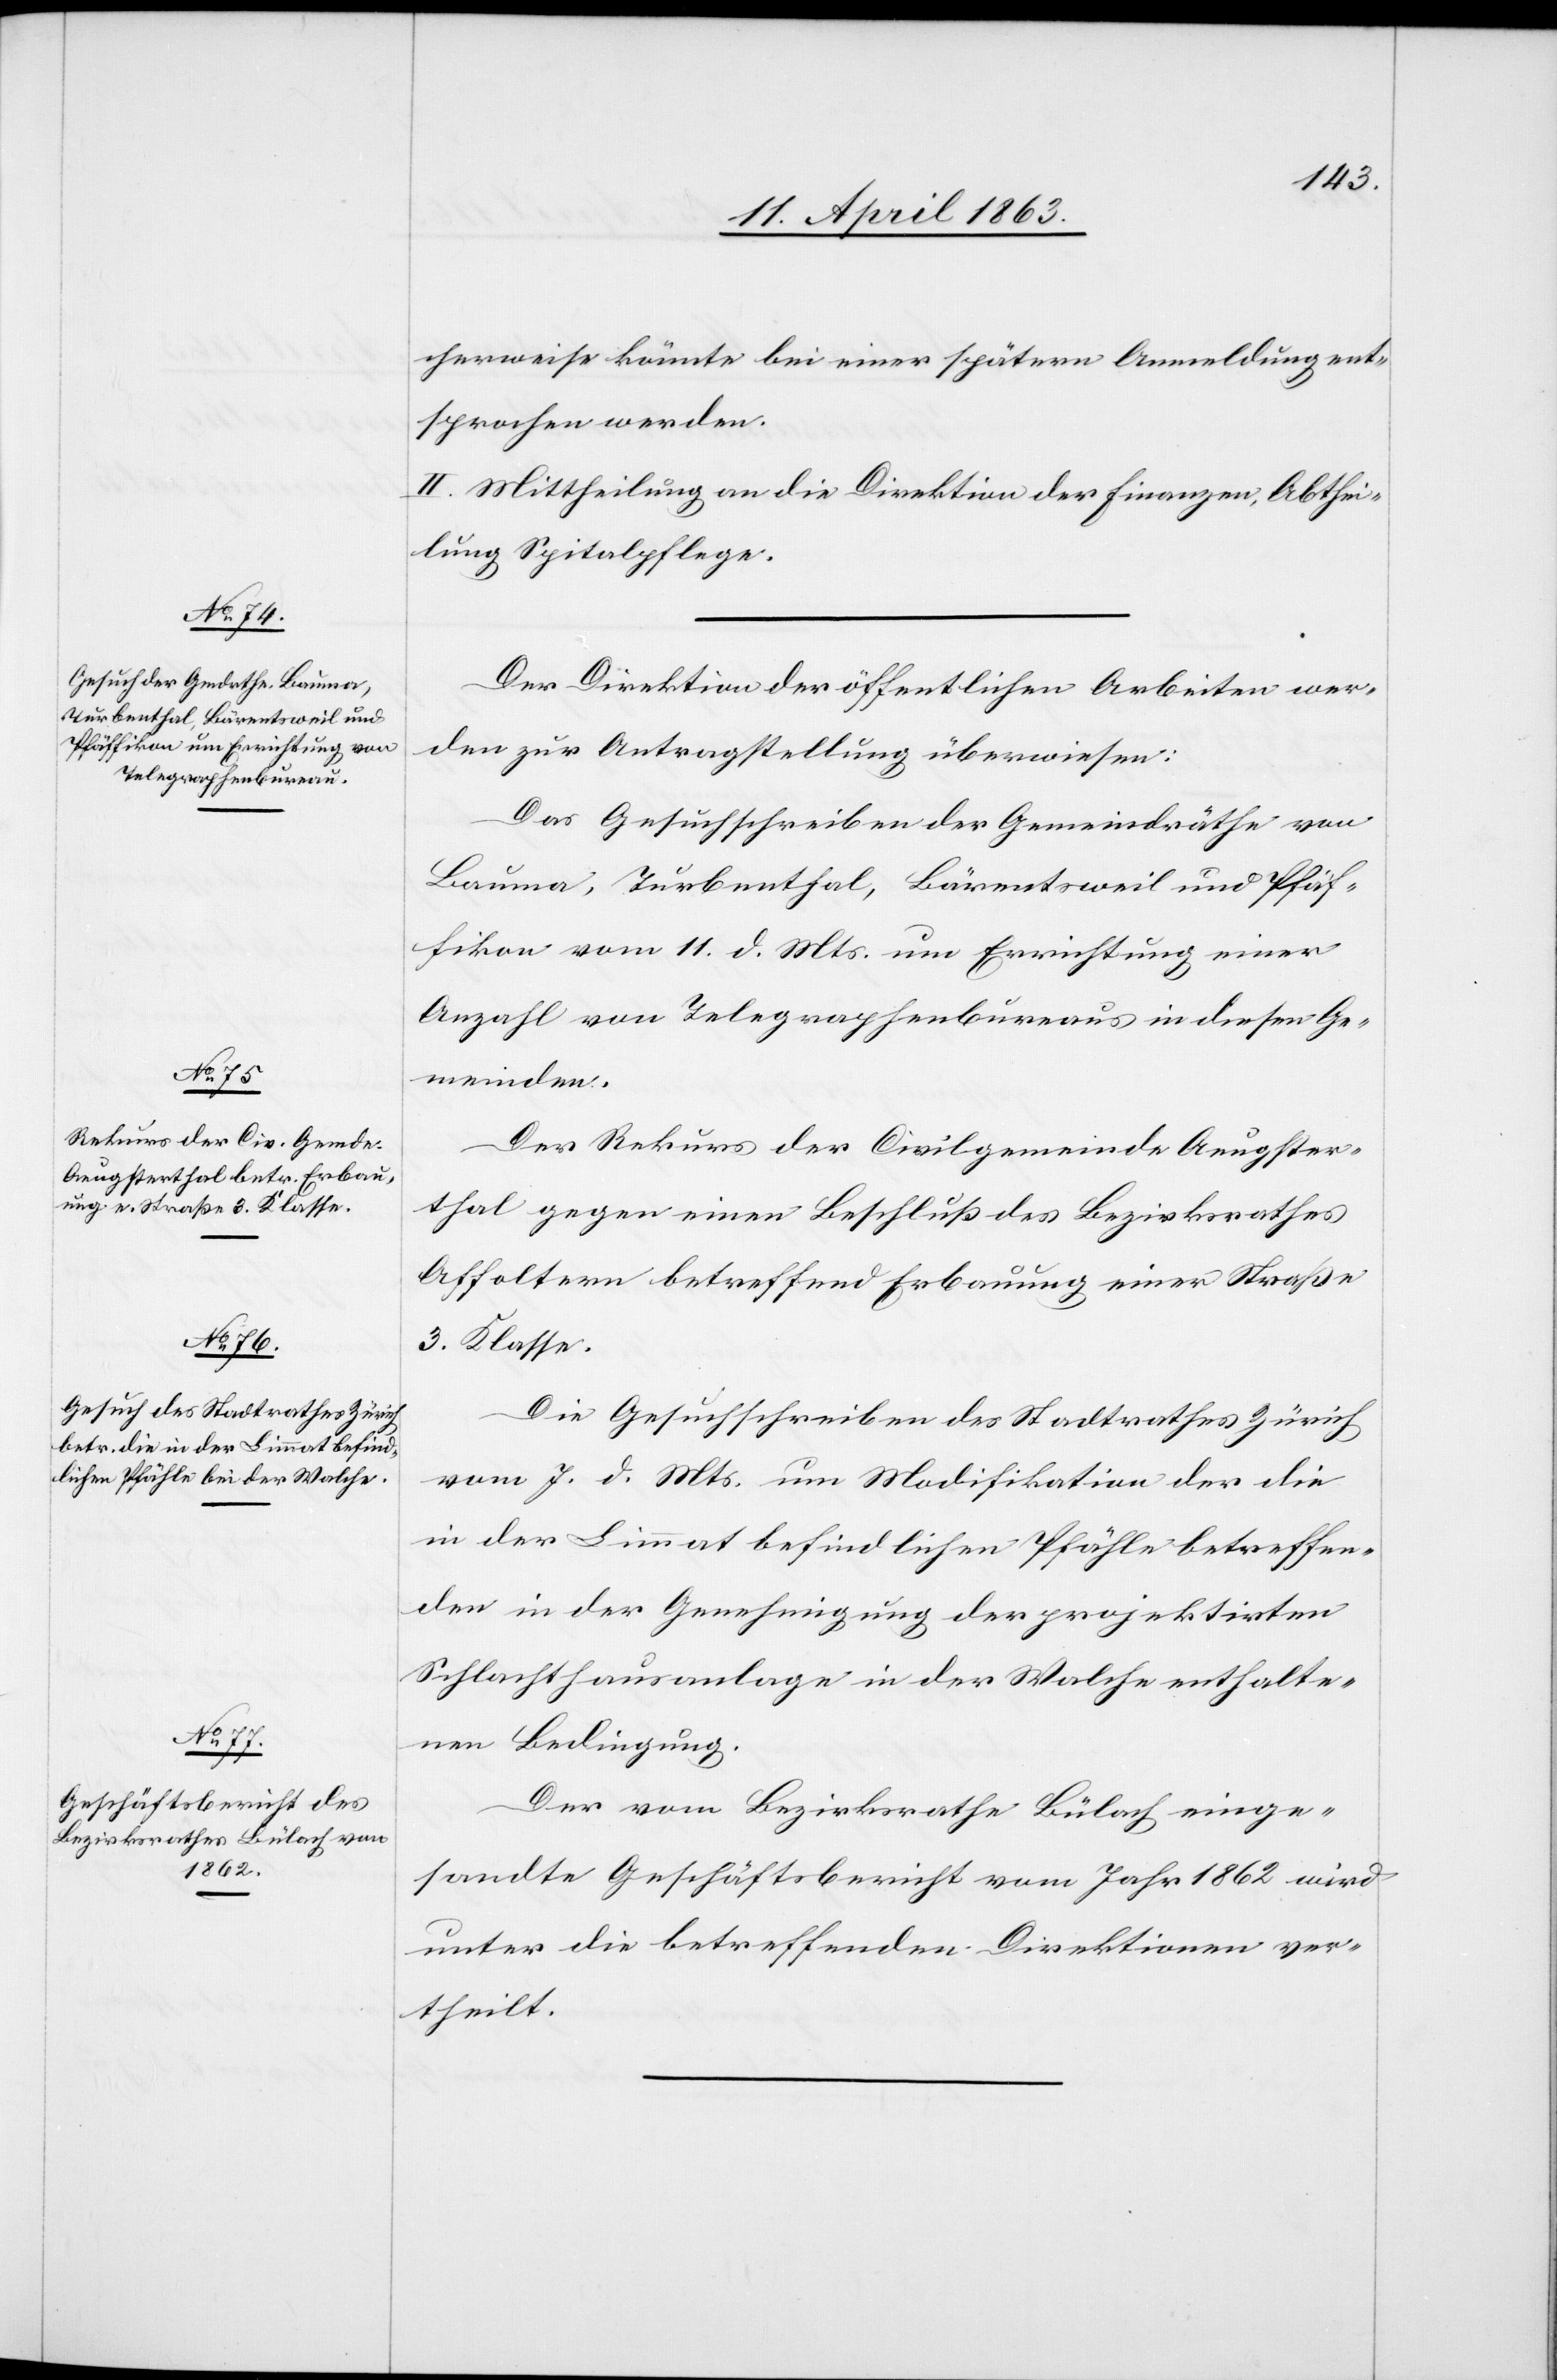
14. April 1863.]
cherweise könnte bei einer spätern Anmeldung ent¬
sprochen werden.
II. Mittheilung an die Direktion der Finanzen, Abthei¬
lung Spitalpflege.
Der Direktion der öffentlichen Arbeiten wer¬
den zur Antragstellung überwiesen:
Das Gesuchschreiben der Gemeindräthe von
Bauma, Turbenthal, Bärentsweil und Pfäf¬
fikon vom 11. d. Mts. um Errichtung einer
Anzahl von Telegraphenbureaus in diesen Ge¬
meinden.
Der Rekurs der Civilgemeinde Aeugster¬
thal gegen einen Beschluß des Bezirksrathes
Affoltern betreffend Erbauung einer Straße
3. Klasse.
Die Gesuchschreiben des Stadtrathes Zürich
vom 7. d. Mts. um Modifikation der die
in der Limmat befindlichen Pfähle betreffen¬
den in der Genehmigung der projektirten
Schlachthausanlage in der Walche enthalte¬
nen Bedingung.
Der vom Bezirksrathe Bülach einge¬
sandte Geschäftsbericht vom Jahr 1862 wird
unter die betreffenden Direktionen ver¬
theilt.